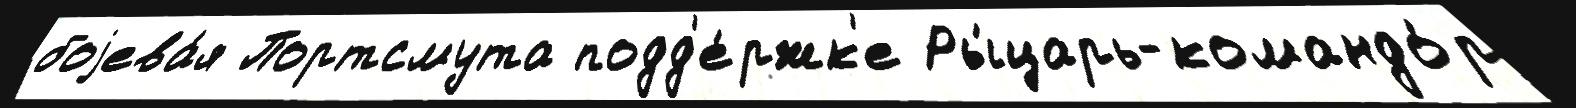
боjева́я Портсмута подд'е́ржк'е Ры́царь-командо́р